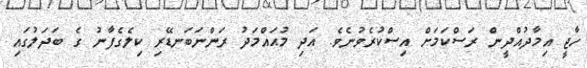
ހާޖީ އިމާދުއްދީން ރަސްކަމަށް އިސްކުރެވުނެވެ. އަދި މުޙައްމަދު ރަންނަބަނޑޭރި ކިލެގެފާނު ގެ ބަދަލުގައި